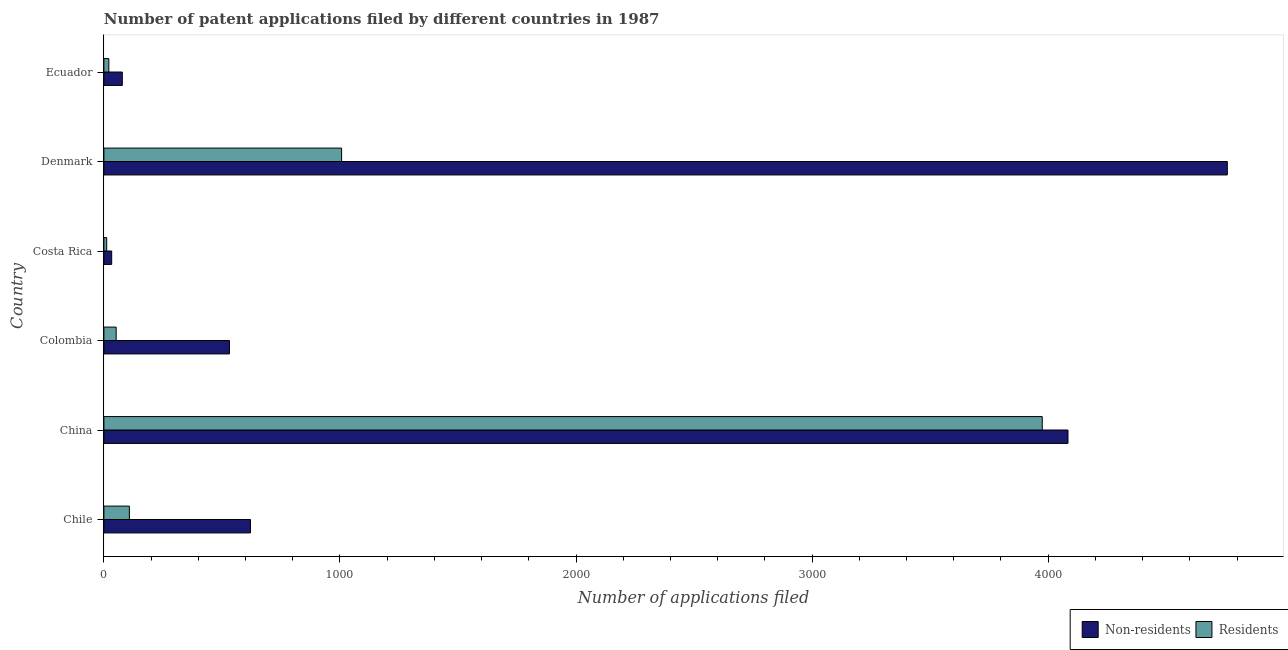
| Country | Non-residents | Residents |
 | --- | --- | --- |
 | Chile | 621 | 108 |
 | China | 4.08e+03 | 3.98e+03 |
 | Colombia | 532 | 52 |
 | Costa Rica | 33 | 12 |
 | Denmark | 4.76e+03 | 1.01e+03 |
 | Ecuador | 78 | 21 |